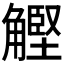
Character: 𧤵